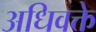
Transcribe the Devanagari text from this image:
अधिवक्ते